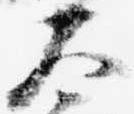
大